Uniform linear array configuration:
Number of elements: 12
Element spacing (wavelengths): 0.25
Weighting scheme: kaiser
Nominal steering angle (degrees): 0
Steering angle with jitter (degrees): -1.159
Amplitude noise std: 0.05
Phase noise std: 0.05

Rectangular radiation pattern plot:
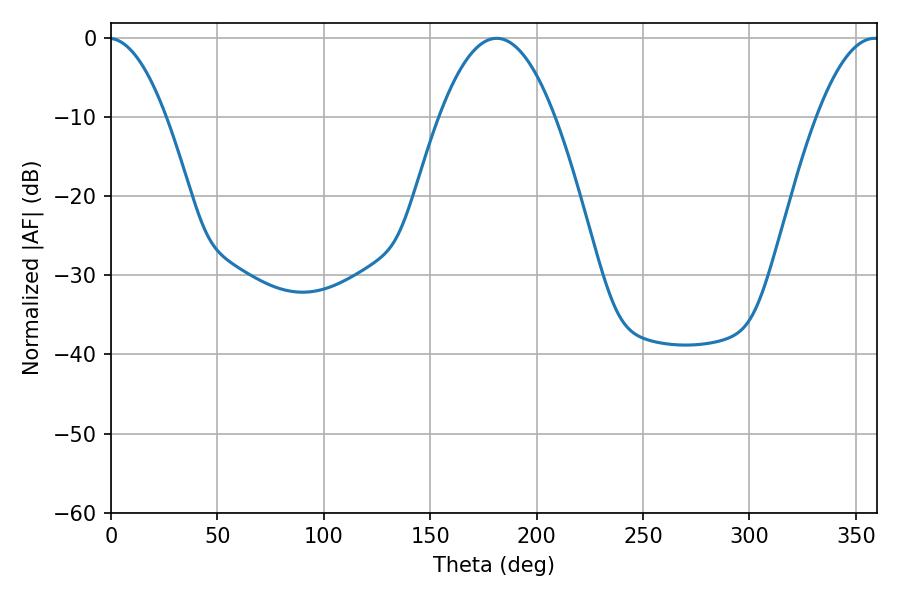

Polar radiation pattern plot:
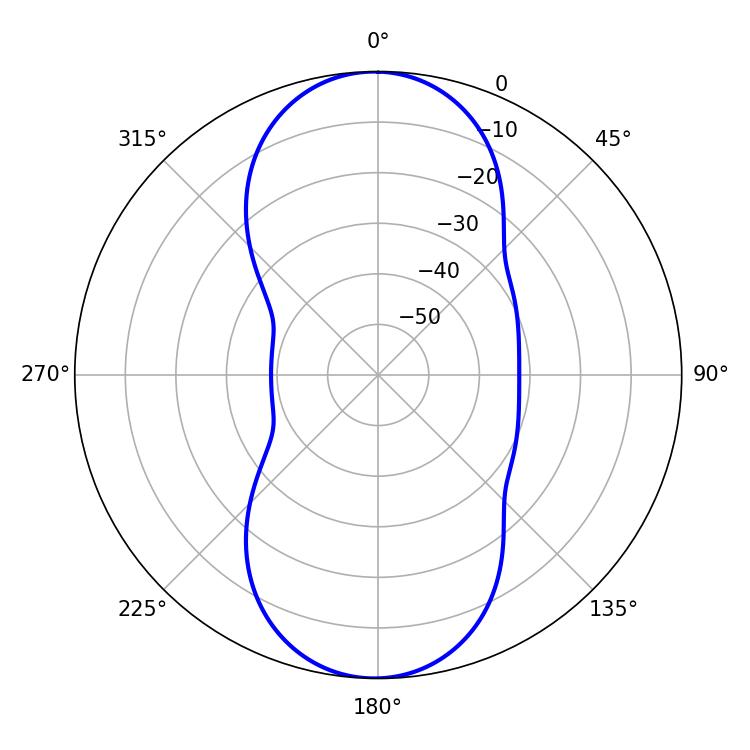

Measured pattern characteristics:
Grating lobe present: FALSE
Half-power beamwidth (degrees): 29.88
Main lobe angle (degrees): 181.26